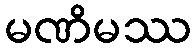
မဏိမဿ